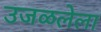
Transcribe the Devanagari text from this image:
उजळलेला